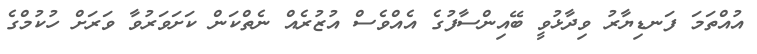
އުއްތަމަ ފަނޑިޔާރު ވިދާޅުވީ ބޭއިންސާފުގެ އެއްވެސް އުޒުރެއް ނެތްކަން ކަށަވަރުވާ ވަރަށް ހުކުމްގެ